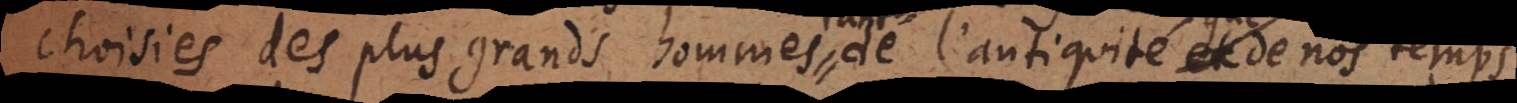
choisies des plus grands hommes de l’antiquité et tant de